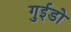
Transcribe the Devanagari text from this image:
गुईडो